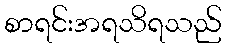
စာရင်းအရသိရသည်